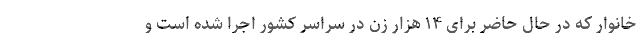
خانوار که در حال حاضر برای ۱۴ هزار زن در سراسر کشور اجرا شده است و